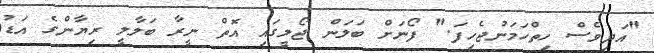
"އަދިވެސް ހިތްހަމަނުޖެހިފަ." ފޯނަށް ބަލަން ޖޯލީގައި އޮތް ނީރާ ބަލާލީ ރިޔާންގެ އަޑު